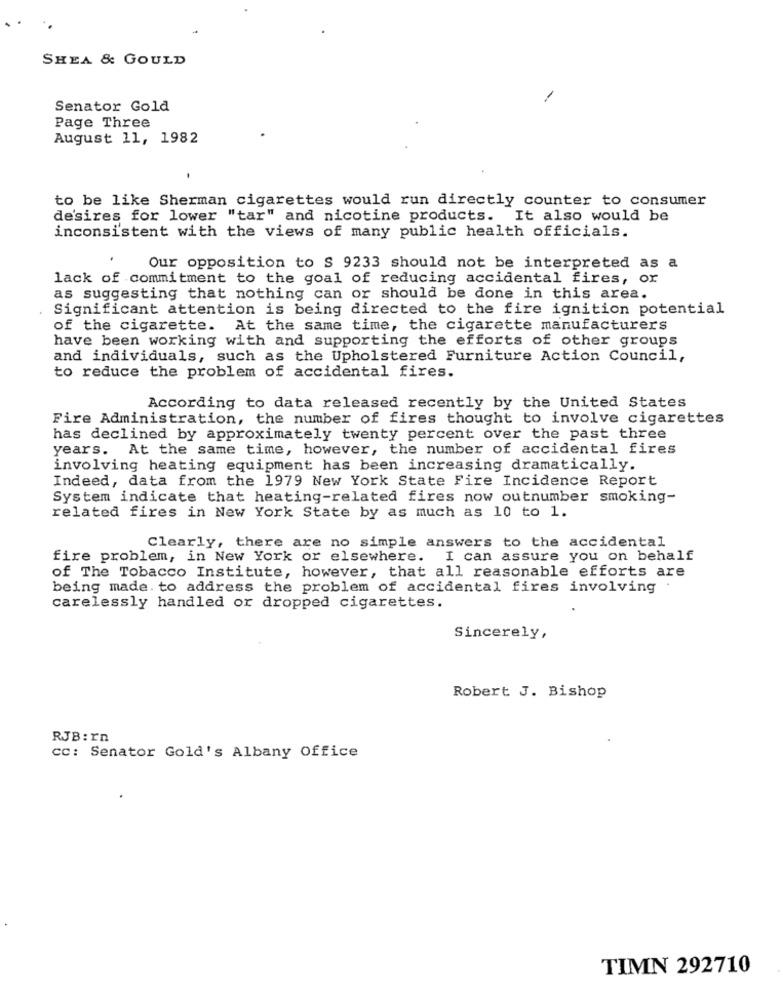
SHEA & GOULD
-
Senator Gold
Page Three
August 11, 1982
to be like Sherman cigarettes would run directly counter to consumer
de'sires for lower "tar" and nicotine products. It also would be
inconsistent with the views of many public health officials.
Our opposition to S 9233 should not be interpreted as a
lack of commitment to the goal of reducing accidental fires, or
as suggesting that nothing can or should be done in this area.
Significant attention is being directed to the fire ignition potential
of the cigarette. At the same time, the cigarette manufacturers
have been working with and supporting the efforts of other groups
and individuals, such as the Upholstered Furniture Action Council,
to reduce the problem of accidental fires.
According to data released recently by the United States
Fire Administration, the number of fires thought to involve cigarettes
has declined by approximately twenty percent over the past three
years. At the same time, however, the number of accidental fires
involving heating equipment has been increasing dramatically.
Indeed, data from the 1979 New York State Fire Incidence Report
System indicate that heating-related fires now outnumber smoking-
related fires in New York State by as much as 10 to 1.
Clearly, there are no simple answers to the accidental
fire problem, in New York or elsewhere. I can assure you on behalf
of The Tobacco Institute, however, that all reasonable efforts are
being made. to address the problem of accidental fires involving
carelessly handled or dropped cigarettes.
Sincerely,
Robert J. Bishop
RJB: Yn
CC: Senator Gold's Albany Office
TIMN 292710